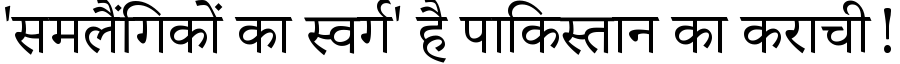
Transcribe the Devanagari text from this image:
'समलैंगिकों का स्वर्ग' है पाकिस्तान का कराची!